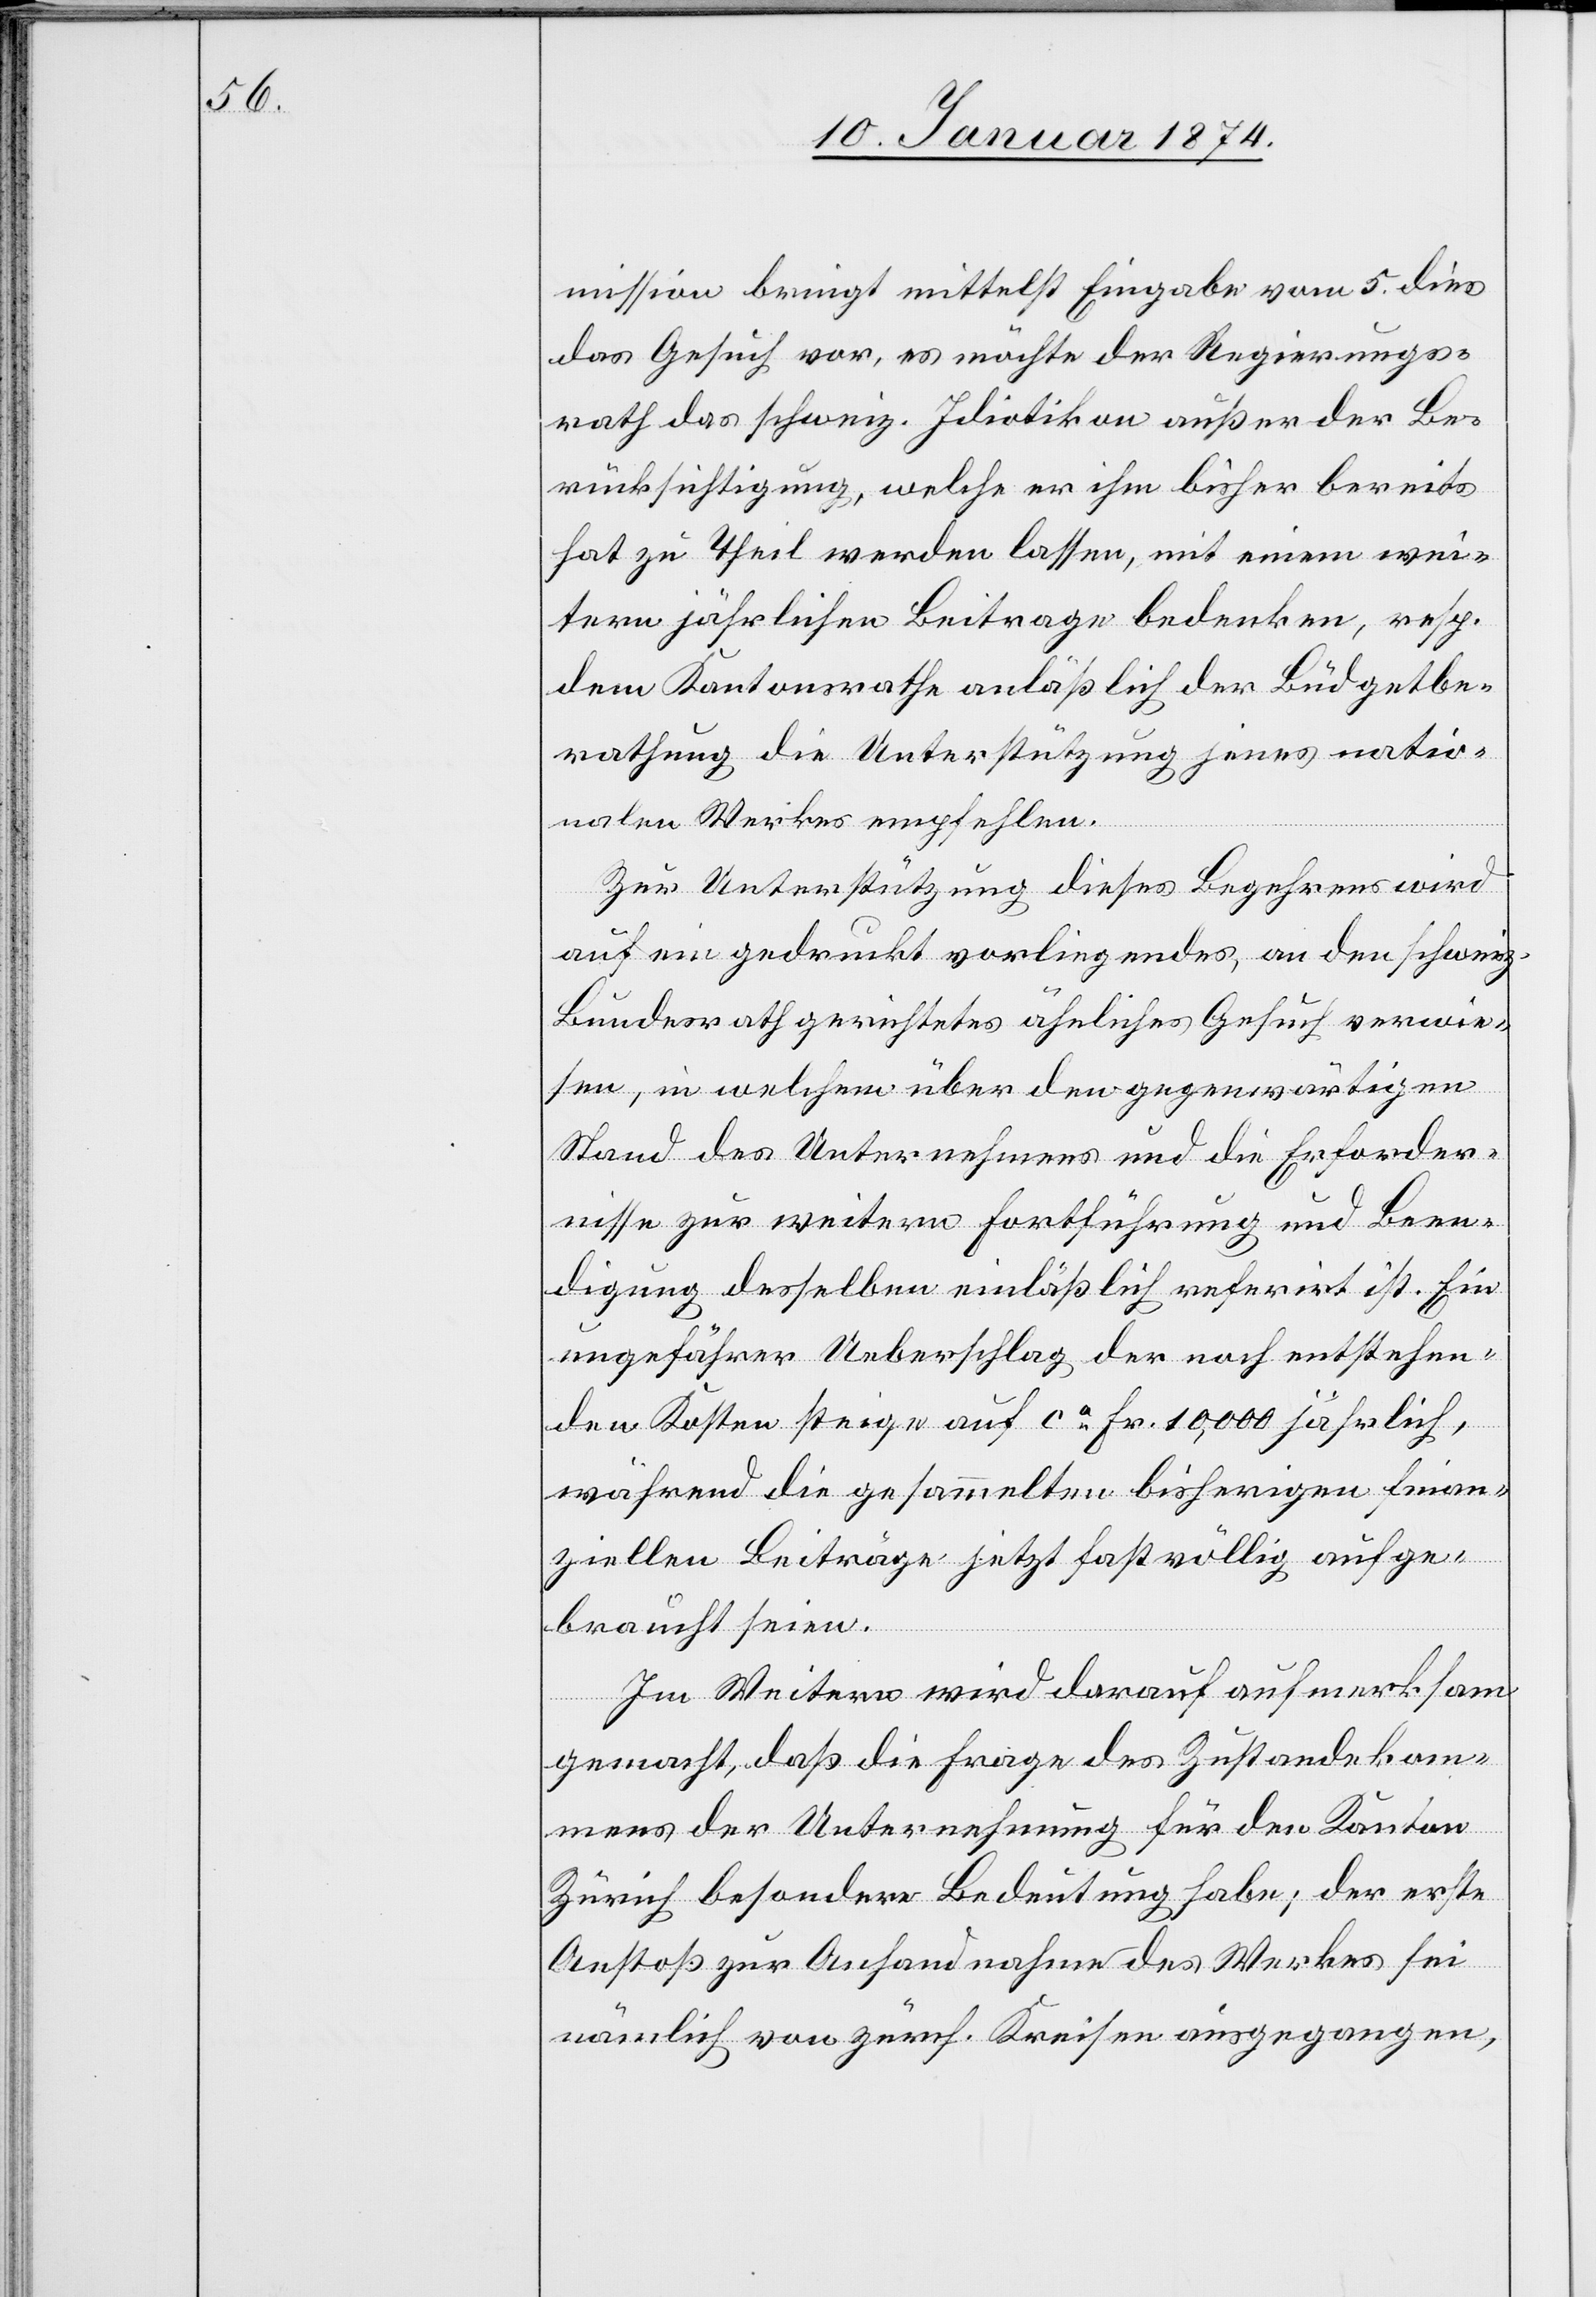
mission bringt mittelst Eingabe vom 5. dies
das Gesuch vor, es möchte der Regierungs¬
rath das schweiz. Idiotikon außer der Be¬
rücksichtigung, welche er ihm bisher bereits
hat zu Theil werden lassen, mit einem wei¬
tern jährlichen Beitrage bedenken, resp.
dem Kantonsrathe anläßlich der Budgetbe¬
rathung die Unterstützung jenes ratio¬
nalen Werkes empfehlen.
Zur Unterstützung dieses Begehrens wird
auf ein gedruckt vorliegendes, an den schweiz.
Bundesrath gerichtetes ähnliches Gesuch verwie¬
sen, in welchem über den gegenwärtigen
Stand des Unternehmens und die Erforder¬
nisse zur weitern Fortführung und Been¬
digung desselben einläßlich referirt ist. Ein
ungefährer Ueberschlag der nach entstehen¬
den Kosten steige auf ca Fr. 10,000 jährlich,
während die gesammelten bisherigen finan¬
ziellen Beiträge jetzt fast völlig aufge¬
braucht seien.
Im Weitern wird darauf aufmerksam
gemacht, daß die Frage des Zustandekom¬
mens der Unternehmung für den Kanton
Zürich besondere Bedeutung habe; der erste
Anstoß zur Anhandnahme des Werkes sei
nämlich von zürch. Kreisen eingegangen,